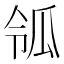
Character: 𤫲